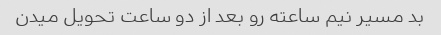
بد مسیر نیم ساعته رو بعد از دو ساعت تحویل میدن